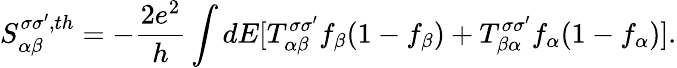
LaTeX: {S_{\alpha\beta}^{\sigma\sigma^{\prime},th}=-\frac{2e^{2}}{h}\int dE[T_{\alpha\beta}^{\sigma\sigma^{\prime}}f_{\beta}(1-f_{\beta})+T_{\beta\alpha}^{\sigma\sigma^{\prime}}f_{\alpha}(1-f_{\alpha})]}.